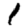
Digit: 1